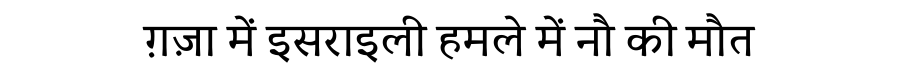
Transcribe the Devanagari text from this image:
ग़ज़ा में इसराइली हमले में नौ की मौत